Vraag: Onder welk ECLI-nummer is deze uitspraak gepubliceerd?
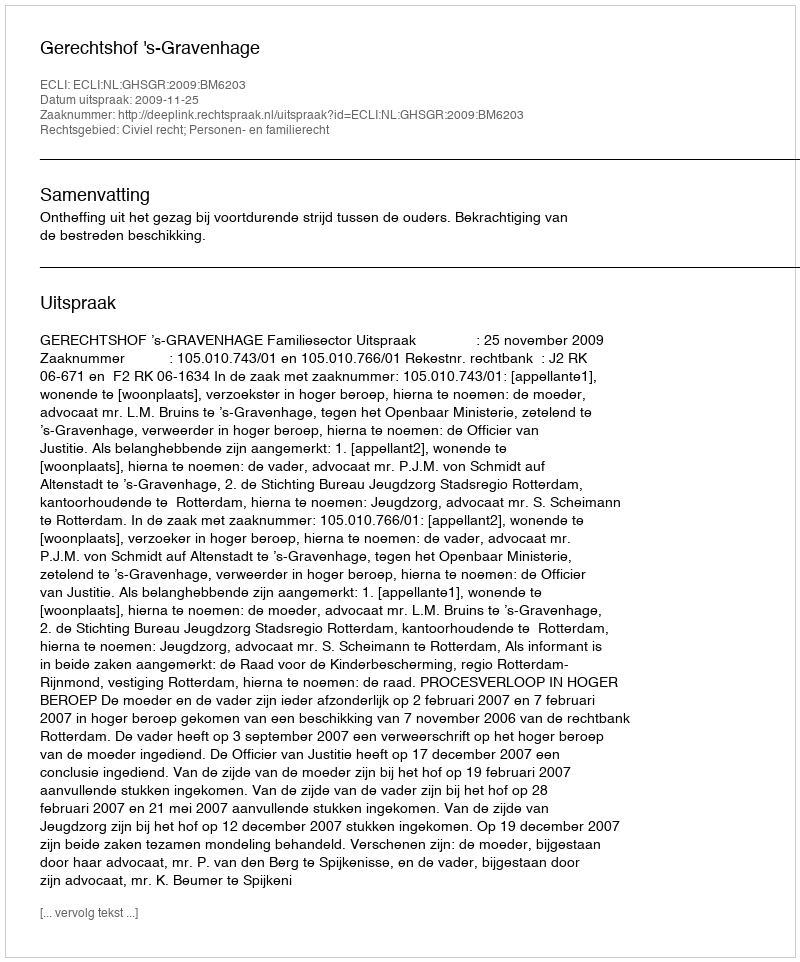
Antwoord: ECLI:NL:GHSGR:2009:BM6203